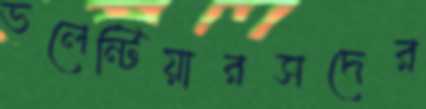
ভলেন্টিয়ারসদের